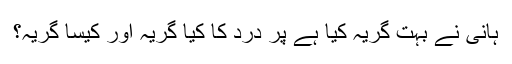
ہانی نے بہت گریہ کیا ہے پر درد کا کیا گریہ اور کیسا گریہ؟